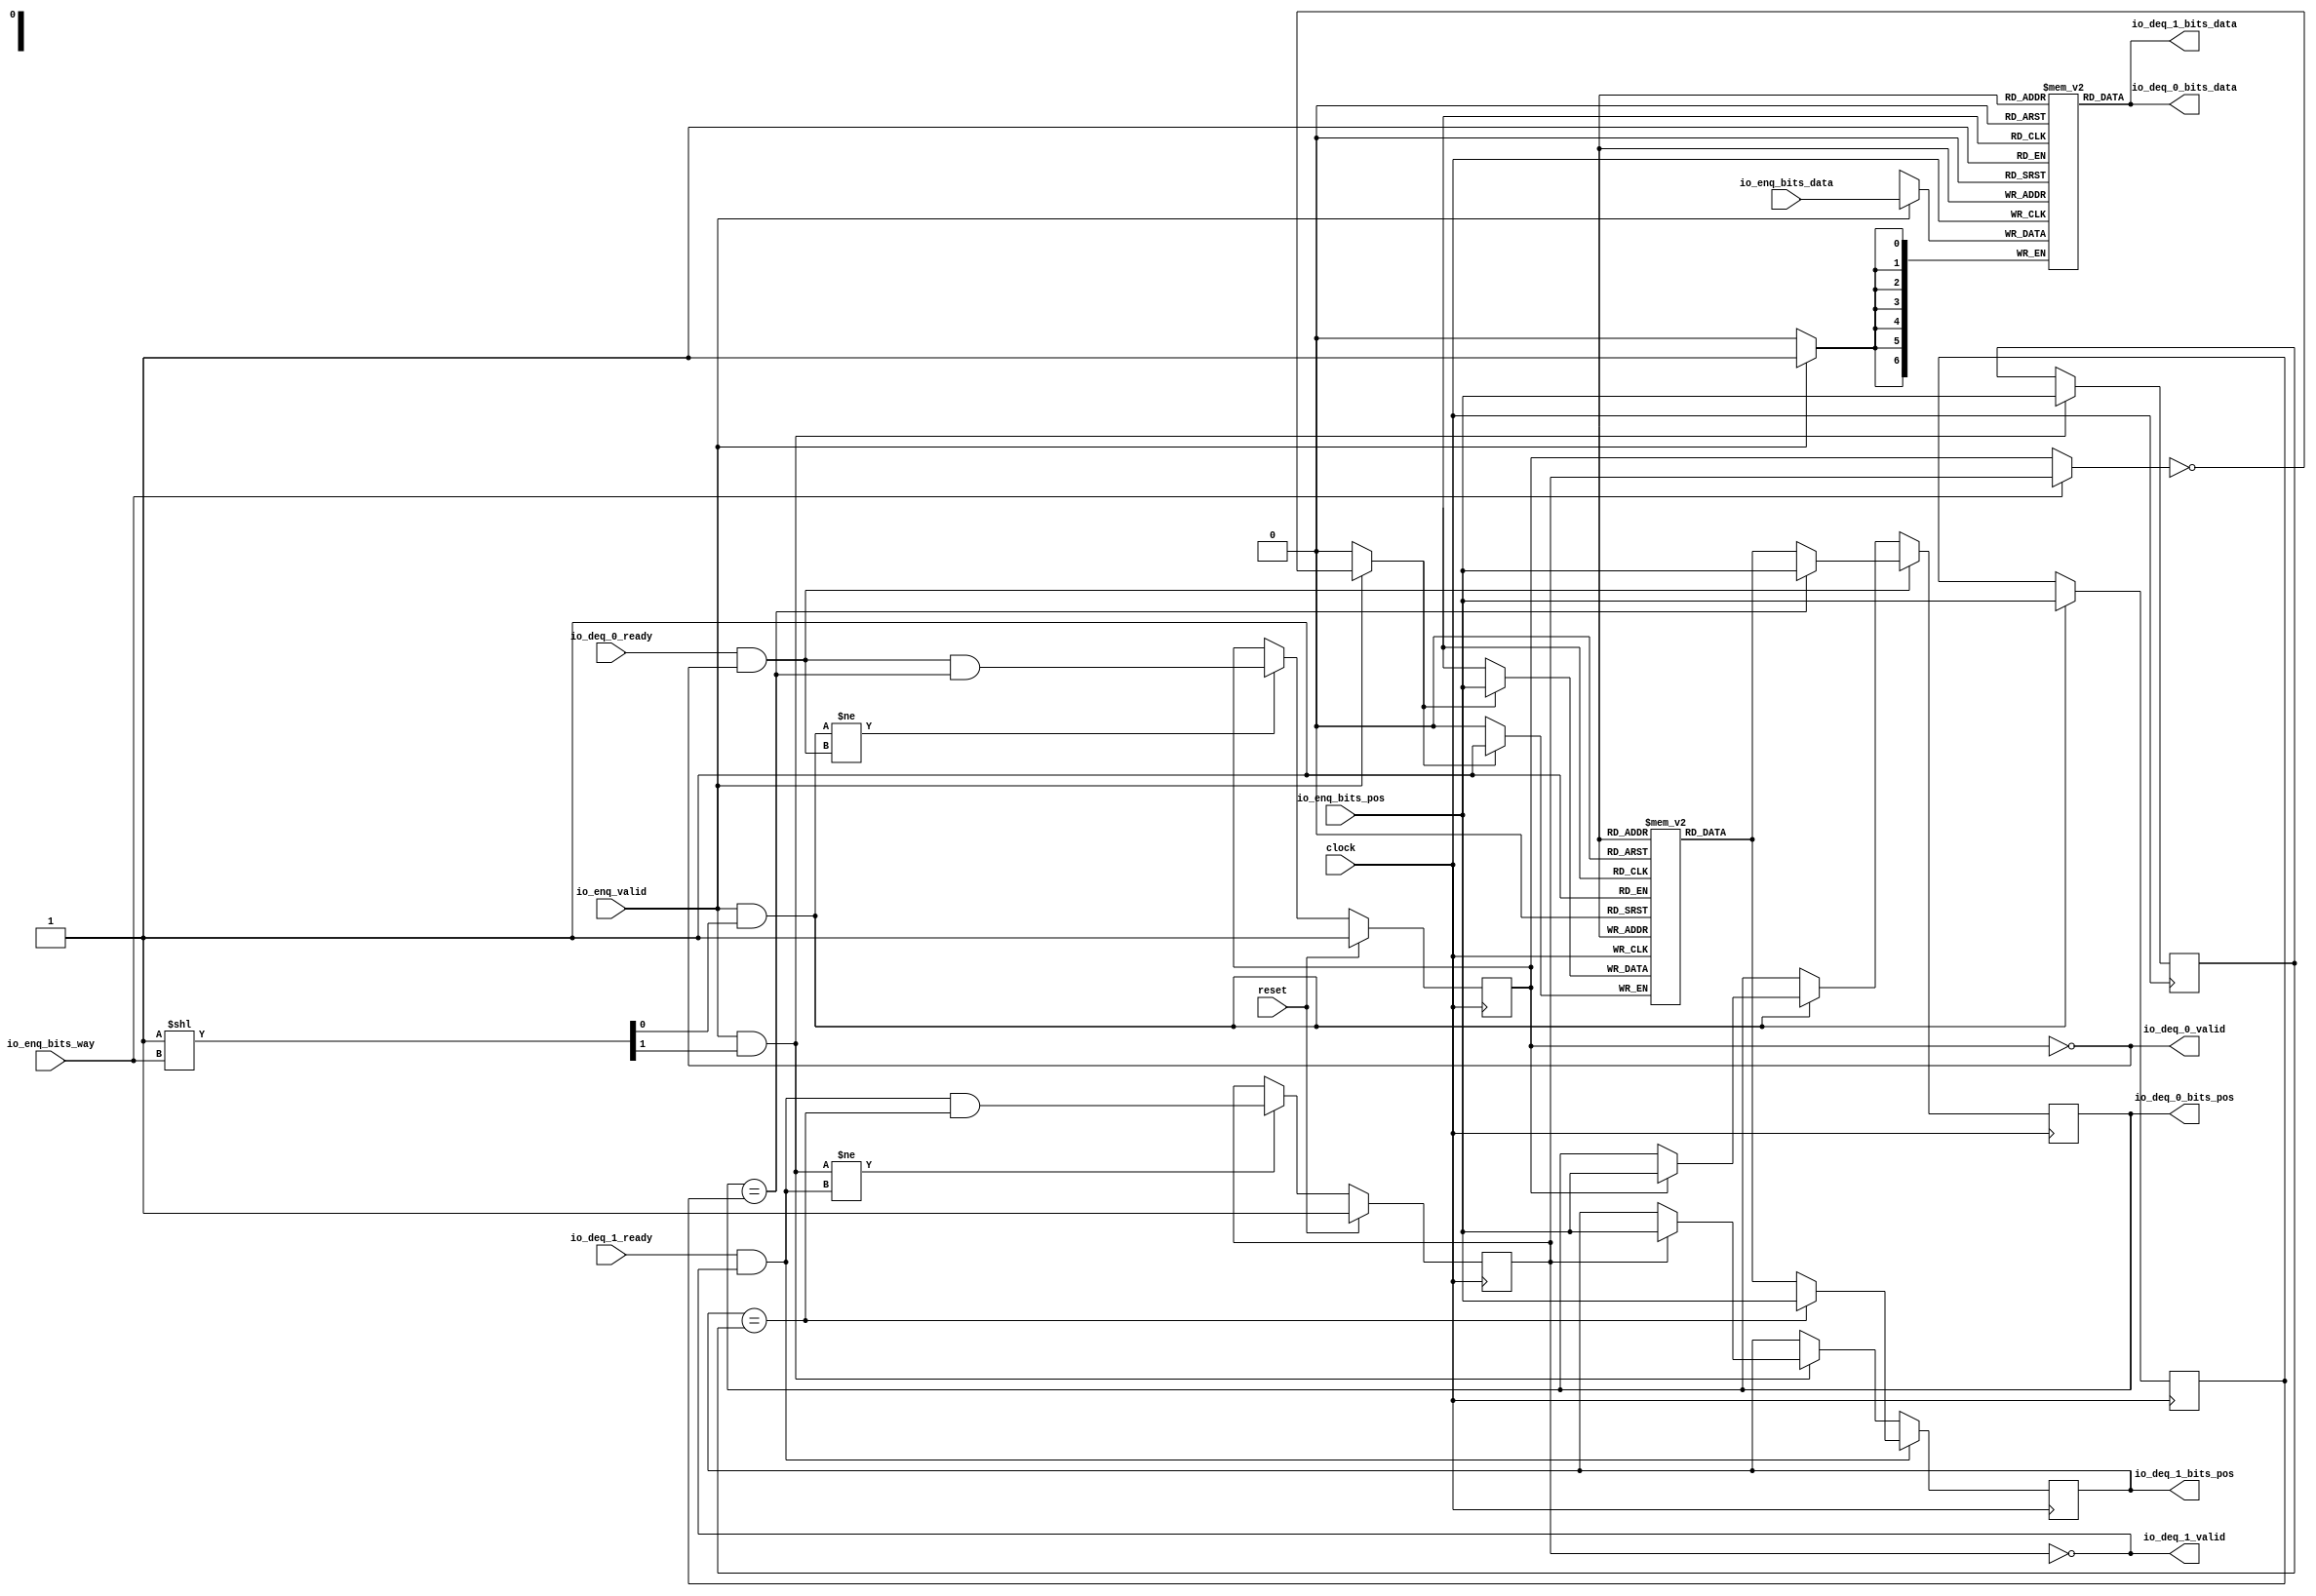
module PositionalMultiQueue_16(
  input   clock,
  input   reset,
  input   io_enq_valid,
  input  [6:0] io_enq_bits_data,
  input   io_enq_bits_pos,
  input   io_enq_bits_way,
  input   io_deq_0_ready,
  output  io_deq_0_valid,
  output [6:0] io_deq_0_bits_data,
  output  io_deq_0_bits_pos,
  input   io_deq_1_ready,
  output  io_deq_1_valid,
  output [6:0] io_deq_1_bits_data,
  output  io_deq_1_bits_pos
);
  wire  _T_81_0;
  wire  _T_81_1;
  reg  empty_0;
  reg [31:0] _GEN_2;
  reg  empty_1;
  reg [31:0] _GEN_3;
  reg  head_0;
  reg [31:0] _GEN_4;
  reg  head_1;
  reg [31:0] _GEN_5;
  reg  tail_0;
  reg [31:0] _GEN_6;
  reg  tail_1;
  reg [31:0] _GEN_7;
  reg  next [0:0];
  reg [31:0] _GEN_8;
  wire  next__T_160_data;
  wire  next__T_160_addr;
  wire  next__T_178_data;
  wire  next__T_178_addr;
  wire  next__T_115_data;
  wire  next__T_115_addr;
  wire  next__T_115_mask;
  wire  next__T_115_en;
  reg [6:0] data [0:0];
  reg [31:0] _GEN_9;
  wire [6:0] data__T_157_data;
  wire  data__T_157_addr;
  wire [6:0] data__T_175_data;
  wire  data__T_175_addr;
  wire [6:0] data__T_103_data;
  wire  data__T_103_addr;
  wire  data__T_103_mask;
  wire  data__T_103_en;
  reg  guard;
  reg [31:0] _GEN_10;
  wire  _T_104;
  wire  _T_107;
  wire  _T_108;
  wire  _T_110;
  wire  _GEN_0;
  wire  _GEN_1;
  wire  _T_113;
  wire  _GEN_12;
  wire [1:0] _GEN_46;
  wire [1:0] setGuard;
  wire  deq_0_ready;
  wire  deq_0_valid;
  wire [6:0] deq_0_bits_data;
  wire  deq_0_bits_pos;
  wire  deq_1_ready;
  wire  deq_1_valid;
  wire [6:0] deq_1_bits_data;
  wire  deq_1_bits_pos;
  wire [1:0] _T_149;
  wire  _T_151;
  wire  _T_152;
  wire  _T_153;
  wire  _GEN_14;
  wire  _GEN_15;
  wire  _GEN_16;
  wire  _T_155;
  wire  _T_158;
  wire  _T_161;
  wire  _GEN_20;
  wire [1:0] _GEN_47;
  wire [1:0] _T_163;
  wire  _T_166;
  wire  _T_168;
  wire  _GEN_21;
  wire  _T_169;
  wire  _T_170;
  wire  _T_171;
  wire  _GEN_22;
  wire  _GEN_23;
  wire  _GEN_24;
  wire  _T_173;
  wire  _T_176;
  wire  _T_179;
  wire  _GEN_28;
  wire [1:0] _GEN_48;
  wire [1:0] _T_181;
  wire [1:0] clrGuard;
  wire  _T_183;
  wire  _T_185;
  wire  _GEN_29;
  wire [1:0] _GEN_49;
  wire [1:0] _T_186;
  wire [1:0] _T_187;
  wire [1:0] _T_188;
  assign io_deq_0_valid = deq_0_valid;
  assign io_deq_0_bits_data = deq_0_bits_data;
  assign io_deq_0_bits_pos = deq_0_bits_pos;
  assign io_deq_1_valid = deq_1_valid;
  assign io_deq_1_bits_data = deq_1_bits_data;
  assign io_deq_1_bits_pos = deq_1_bits_pos;
  assign _T_81_0 = 1'h1;
  assign _T_81_1 = 1'h1;
  assign next__T_160_addr = 1'h0;
  assign next__T_160_data = next[next__T_160_addr];
  assign next__T_178_addr = 1'h0;
  assign next__T_178_data = next[next__T_178_addr];
  assign next__T_115_data = io_enq_bits_pos;
  assign next__T_115_addr = 1'h0;
  assign next__T_115_mask = _GEN_12;
  assign next__T_115_en = _GEN_12;
  assign data__T_157_addr = 1'h0;
  assign data__T_157_data = data[data__T_157_addr];
  assign data__T_175_addr = 1'h0;
  assign data__T_175_data = data[data__T_175_addr];
  assign data__T_103_data = io_enq_bits_data;
  assign data__T_103_addr = 1'h0;
  assign data__T_103_mask = io_enq_valid;
  assign data__T_103_en = io_enq_valid;
  assign _T_104 = guard >> io_enq_bits_pos;
  assign _T_107 = _T_104 == 1'h0;
  assign _T_108 = _T_107 | reset;
  assign _T_110 = _T_108 == 1'h0;
  assign _GEN_0 = _GEN_1;
  assign _GEN_1 = io_enq_bits_way ? empty_1 : empty_0;
  assign _T_113 = _GEN_0 == 1'h0;
  assign _GEN_12 = io_enq_valid ? _T_113 : 1'h0;
  assign _GEN_46 = {{1'd0}, io_enq_valid};
  assign setGuard = _GEN_46 << io_enq_bits_pos;
  assign deq_0_ready = io_deq_0_ready;
  assign deq_0_valid = _T_155;
  assign deq_0_bits_data = data__T_157_data;
  assign deq_0_bits_pos = head_0;
  assign deq_1_ready = io_deq_1_ready;
  assign deq_1_valid = _T_173;
  assign deq_1_bits_data = data__T_175_data;
  assign deq_1_bits_pos = head_1;
  assign _T_149 = 2'h1 << io_enq_bits_way;
  assign _T_151 = _T_149[0];
  assign _T_152 = io_enq_valid & _T_151;
  assign _T_153 = head_0 == tail_0;
  assign _GEN_14 = empty_0 ? io_enq_bits_pos : head_0;
  assign _GEN_15 = _T_152 ? io_enq_bits_pos : tail_0;
  assign _GEN_16 = _T_152 ? _GEN_14 : head_0;
  assign _T_155 = empty_0 == 1'h0;
  assign _T_158 = deq_0_ready & deq_0_valid;
  assign _T_161 = _T_153 ? io_enq_bits_pos : next__T_160_data;
  assign _GEN_20 = _T_158 ? _T_161 : _GEN_16;
  assign _GEN_47 = {{1'd0}, _T_158};
  assign _T_163 = _GEN_47 << deq_0_bits_pos;
  assign _T_166 = _T_152 != _T_158;
  assign _T_168 = _T_158 & _T_153;
  assign _GEN_21 = _T_166 ? _T_168 : empty_0;
  assign _T_169 = _T_149[1];
  assign _T_170 = io_enq_valid & _T_169;
  assign _T_171 = head_1 == tail_1;
  assign _GEN_22 = empty_1 ? io_enq_bits_pos : head_1;
  assign _GEN_23 = _T_170 ? io_enq_bits_pos : tail_1;
  assign _GEN_24 = _T_170 ? _GEN_22 : head_1;
  assign _T_173 = empty_1 == 1'h0;
  assign _T_176 = deq_1_ready & deq_1_valid;
  assign _T_179 = _T_171 ? io_enq_bits_pos : next__T_178_data;
  assign _GEN_28 = _T_176 ? _T_179 : _GEN_24;
  assign _GEN_48 = {{1'd0}, _T_176};
  assign _T_181 = _GEN_48 << deq_1_bits_pos;
  assign clrGuard = _T_163 | _T_181;
  assign _T_183 = _T_170 != _T_176;
  assign _T_185 = _T_176 & _T_171;
  assign _GEN_29 = _T_183 ? _T_185 : empty_1;
  assign _GEN_49 = {{1'd0}, guard};
  assign _T_186 = _GEN_49 | setGuard;
  assign _T_187 = ~ clrGuard;
  assign _T_188 = _T_186 & _T_187;
`ifdef RANDOMIZE
  integer initvar;
  initial begin
    `ifndef verilator
      #0.002 begin end
    `endif
  `ifdef RANDOMIZE_REG_INIT
  _GEN_2 = {1{$random}};
  empty_0 = _GEN_2[0:0];
  `endif
  `ifdef RANDOMIZE_REG_INIT
  _GEN_3 = {1{$random}};
  empty_1 = _GEN_3[0:0];
  `endif
  `ifdef RANDOMIZE_REG_INIT
  _GEN_4 = {1{$random}};
  head_0 = _GEN_4[0:0];
  `endif
  `ifdef RANDOMIZE_REG_INIT
  _GEN_5 = {1{$random}};
  head_1 = _GEN_5[0:0];
  `endif
  `ifdef RANDOMIZE_REG_INIT
  _GEN_6 = {1{$random}};
  tail_0 = _GEN_6[0:0];
  `endif
  `ifdef RANDOMIZE_REG_INIT
  _GEN_7 = {1{$random}};
  tail_1 = _GEN_7[0:0];
  `endif
  _GEN_8 = {1{$random}};
  `ifdef RANDOMIZE_MEM_INIT
  for (initvar = 0; initvar < 1; initvar = initvar+1)
    next[initvar] = _GEN_8[0:0];
  `endif
  _GEN_9 = {1{$random}};
  `ifdef RANDOMIZE_MEM_INIT
  for (initvar = 0; initvar < 1; initvar = initvar+1)
    data[initvar] = _GEN_9[6:0];
  `endif
  `ifdef RANDOMIZE_REG_INIT
  _GEN_10 = {1{$random}};
  guard = _GEN_10[0:0];
  `endif
  end
`endif
  always @(posedge clock) begin
    if (reset) begin
      empty_0 <= _T_81_0;
    end else begin
      if (_T_166) begin
        empty_0 <= _T_168;
      end
    end
    if (reset) begin
      empty_1 <= _T_81_1;
    end else begin
      if (_T_183) begin
        empty_1 <= _T_185;
      end
    end
    if (_T_158) begin
      if (_T_153) begin
        head_0 <= io_enq_bits_pos;
      end else begin
        head_0 <= next__T_160_data;
      end
    end else begin
      if (_T_152) begin
        if (empty_0) begin
          head_0 <= io_enq_bits_pos;
        end
      end
    end
    if (_T_176) begin
      if (_T_171) begin
        head_1 <= io_enq_bits_pos;
      end else begin
        head_1 <= next__T_178_data;
      end
    end else begin
      if (_T_170) begin
        if (empty_1) begin
          head_1 <= io_enq_bits_pos;
        end
      end
    end
    if (_T_152) begin
      tail_0 <= io_enq_bits_pos;
    end
    if (_T_170) begin
      tail_1 <= io_enq_bits_pos;
    end
    if(next__T_115_en & next__T_115_mask) begin
      next[next__T_115_addr] <= next__T_115_data;
    end
    if(data__T_103_en & data__T_103_mask) begin
      data[data__T_103_addr] <= data__T_103_data;
    end
    if (reset) begin
      guard <= 1'h0;
    end else begin
      guard <= _T_188[0];
    end
    `ifndef SYNTHESIS
    `ifdef PRINTF_COND
      if (`PRINTF_COND) begin
    `endif
        if (io_enq_valid & _T_110) begin
          $fwrite(32'h80000002,"Assertion failed\n    at PositionalMultiQueue.scala:46 assert (!guard(io.enq.bits.pos))\n");
        end
    `ifdef PRINTF_COND
      end
    `endif
    `endif
    `ifndef SYNTHESIS
    `ifdef STOP_COND
      if (`STOP_COND) begin
    `endif
        if (io_enq_valid & _T_110) begin
          $fatal;
        end
    `ifdef STOP_COND
      end
    `endif
    `endif
  end
endmodule